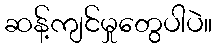
ဆန့်ကျင်မှုတွေပါပဲ။